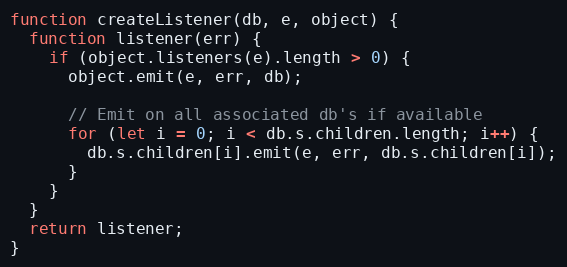
Language: JavaScript
function createListener(db, e, object) {
  function listener(err) {
    if (object.listeners(e).length > 0) {
      object.emit(e, err, db);

      // Emit on all associated db's if available
      for (let i = 0; i < db.s.children.length; i++) {
        db.s.children[i].emit(e, err, db.s.children[i]);
      }
    }
  }
  return listener;
}